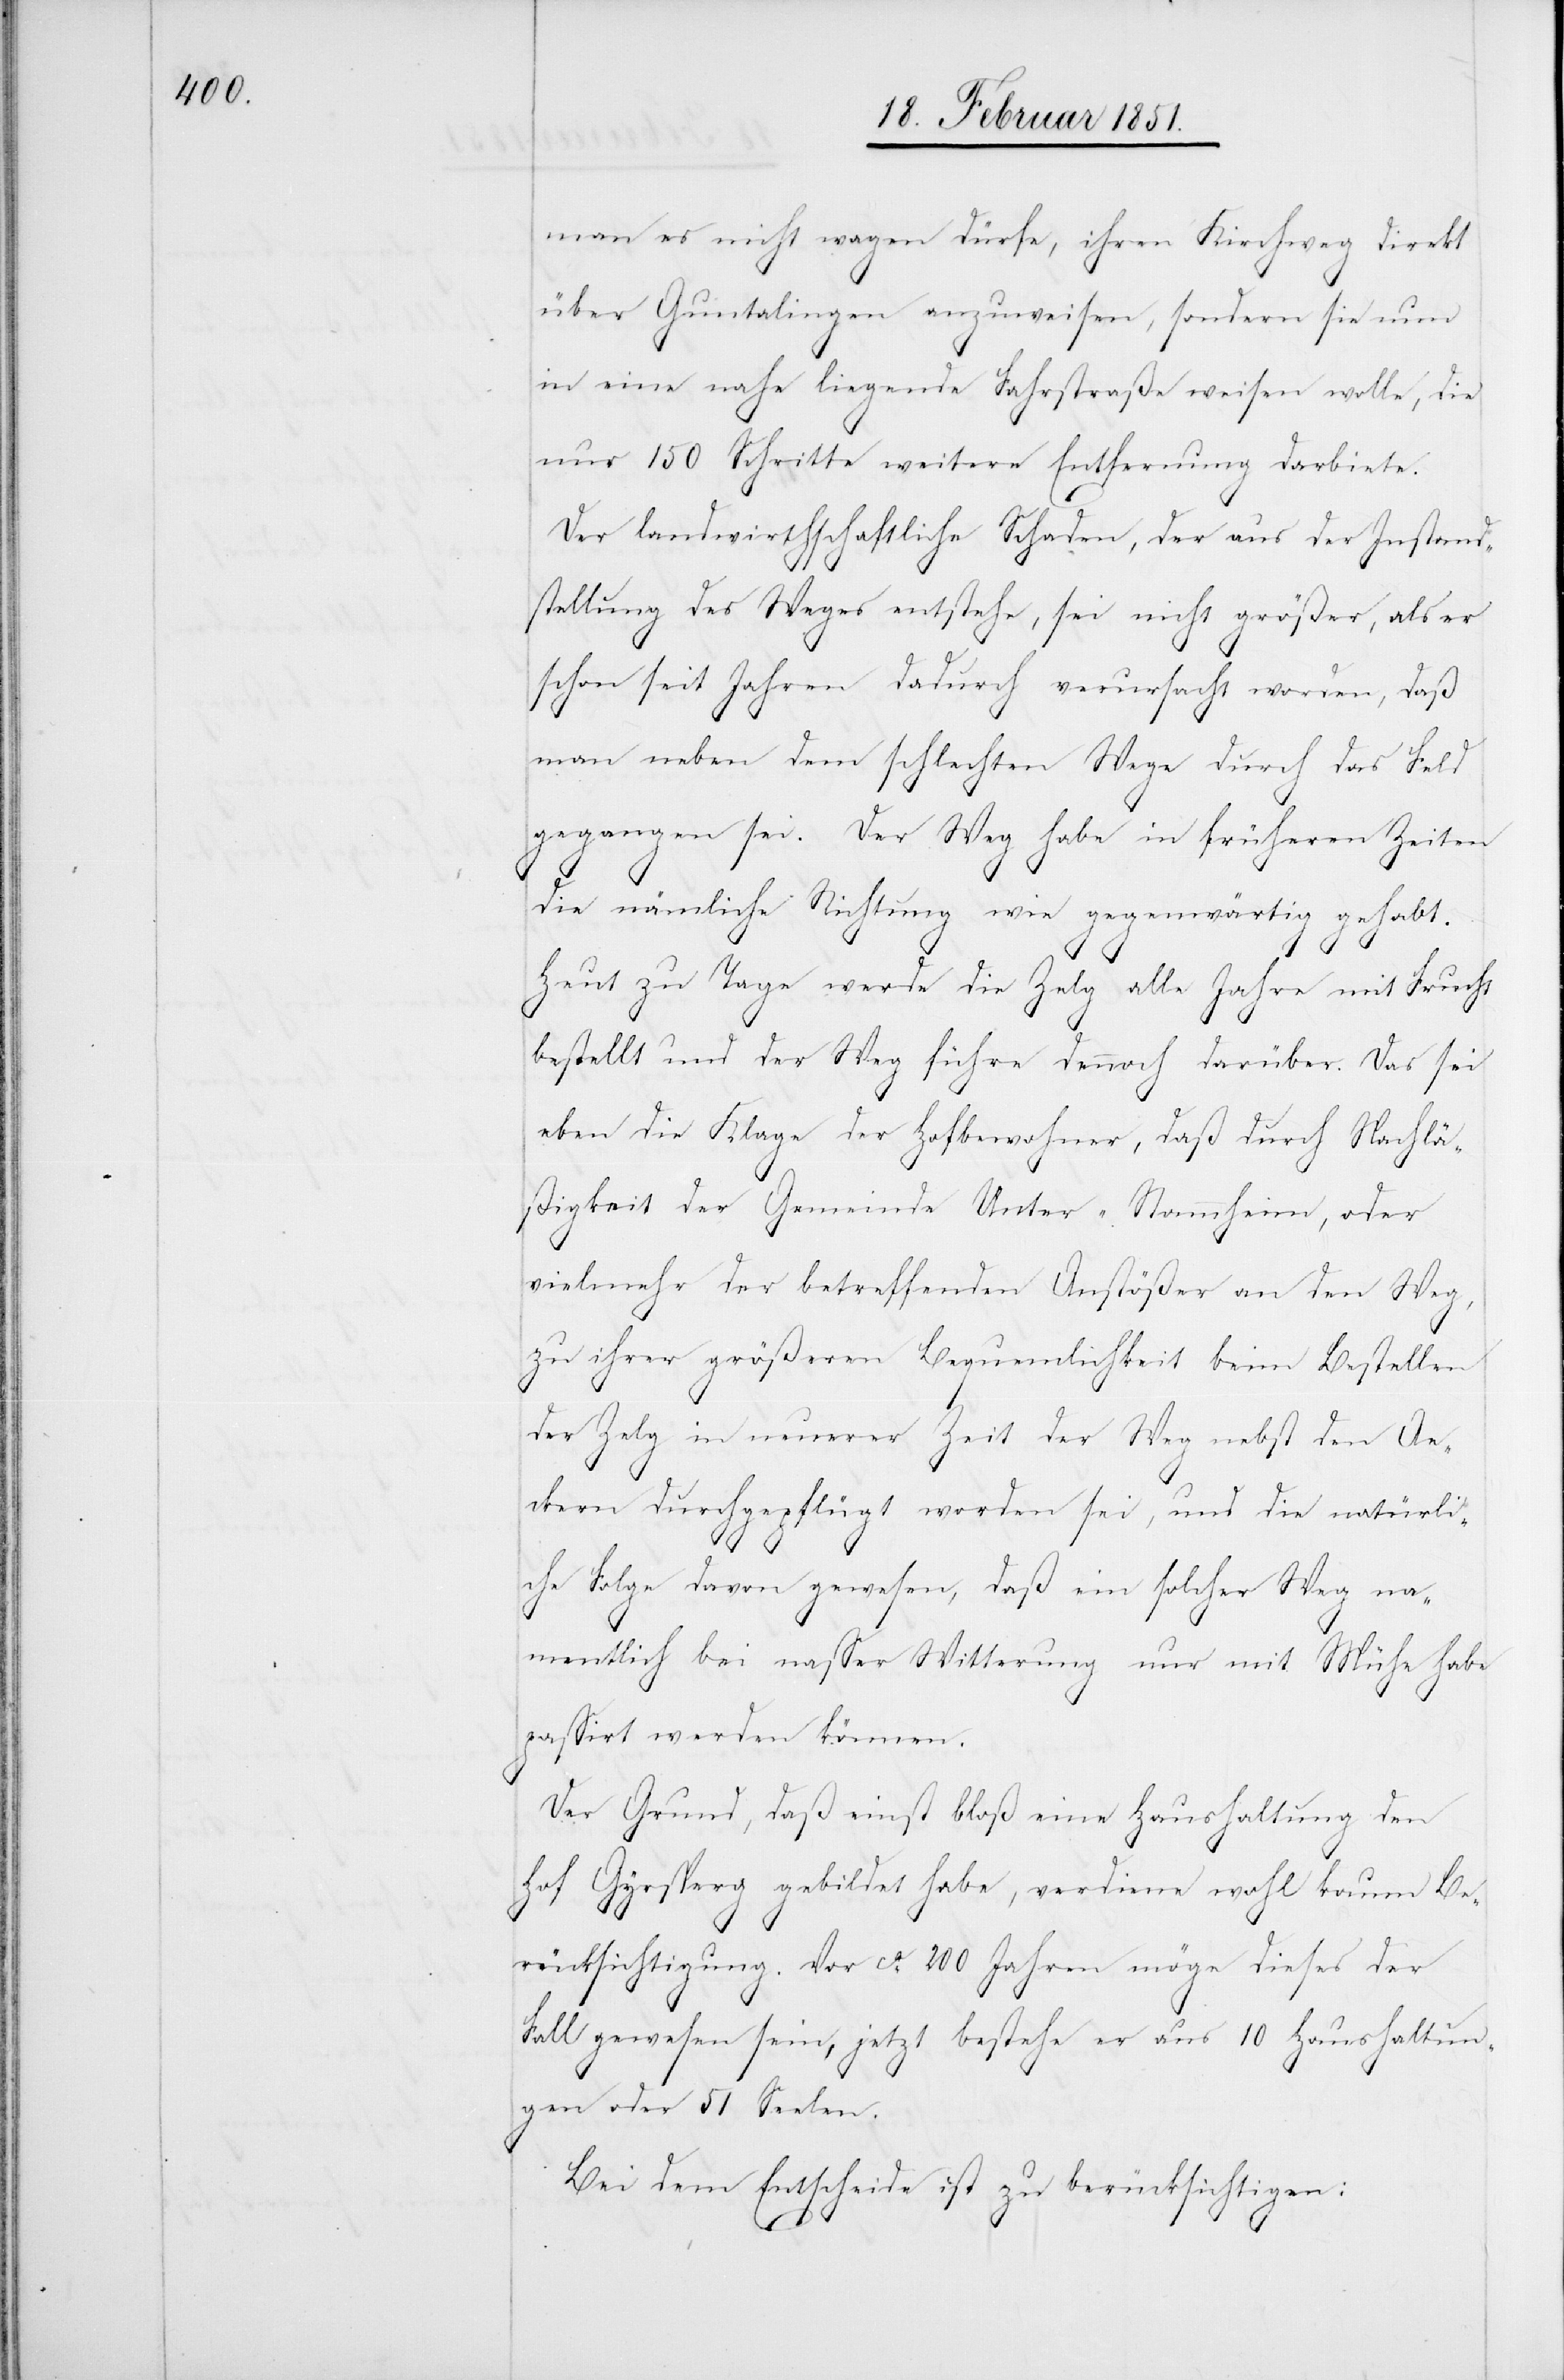
man es nicht wagen dürfe, ihren Kirchweg direkt
über Guntalingen anzuweisen, sondern sie nun
in eine nahe liegende Fahrstraße weisen wolle, die
nur 150 Schritte weitere Entfernung darbiete.
Der landwirthschaftliche Schaden, der aus der Instand¬
stellung des Weges entstehe, sei nicht größer, als er
schon seit Jahren dadurch verursacht worden, daß
man neben dem schlechten Wege durch das Feld
gegangen sei. Der Weg habe in früheren Zeiten
die nämliche Richtung wie gegenwärtig gehabt.
Heut zu Tage werde die Zelg alle Jahre mit Frucht
bestellt und der Weg führe dennoch darüber. Das sei
eben die Klage der Hofbewohner, daß durch Nachlä¬
ßigkeit der Gemeinde Unter-Stammheim, oder
vielmehr der betreffenden Anstößer an den Weg,
zu ihrer größeren Bequemlichkeit beim Bestellen
der Zelg in neuerer Zeit der Weg nebst den Ae¬
ckern durchgepflügt worden sei, und die natürli¬
che Folge davon gewesen, daß ein solcher Weg na¬
mentlich bei nasser Witterung nur mit Mühe habe
passirt werden können.
Der Grund, daß einst bloß eine Haushaltung den
Hof Gyrsperg gebildet habe, verdiene wohl kaum Be¬
rücksichtigung. Vor ca. 200 Jahren möge dieses der
Fall gewesen sein, jetzt bestehe er aus 10 Haushaltun¬
gen oder 51 Seelen.
Bei dem Entscheide ist zu berücksichtigen: